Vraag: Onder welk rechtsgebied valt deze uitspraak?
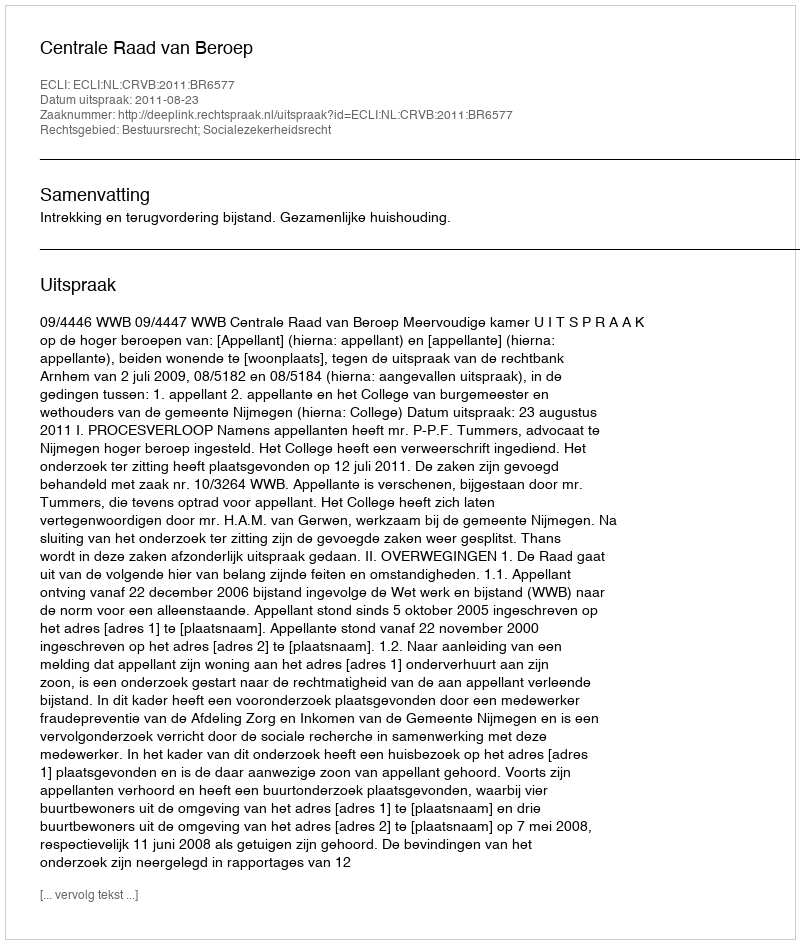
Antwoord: Bestuursrecht; Socialezekerheidsrecht